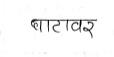
मजकूर: घाटावर